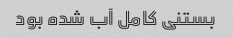
بستنی کامل آب شده بود